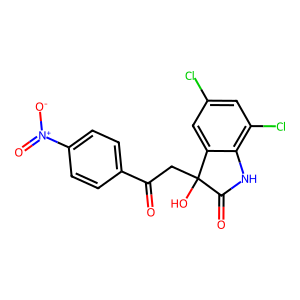
SMILES: O=C(CC1(O)C(=O)Nc2c(Cl)cc(Cl)cc21)c1ccc([N+](=O)[O-])cc1
Inhibits HIV replication: No